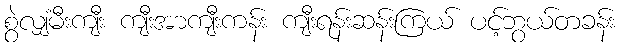
စွဲလျှံမီးကျီး ကျီးအာကျီးကန်း ကျီးရန်းဆန်းကြယ် ပင့်ဘွယ်တခန်း